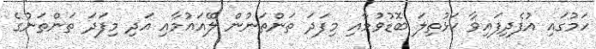
ހަމުގައި އުފެދިފައިވާ ކަޅުތިލަ ބޮޑުވުމާއި މިފަދަ ތަންތަނުން ލޭއައުމާއި އަދި މިފަދަ ތަންތަނުގެ